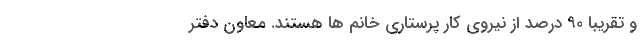
و تقریباً ۹۰ درصد از نیروی کار پرستاری خانم ها هستند. معاون دفتر